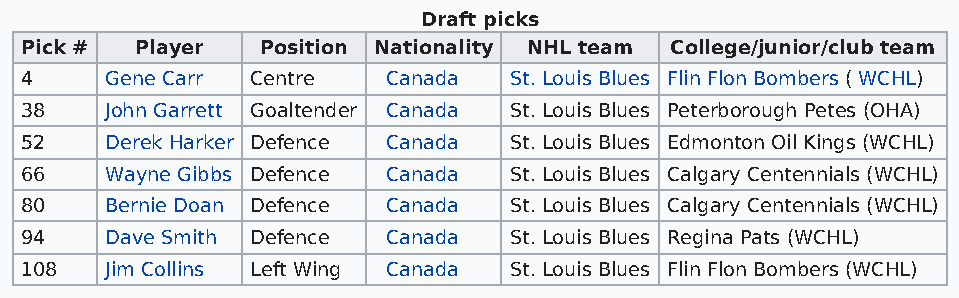
Draft picks
 Pick #  Player  Position Nationality NHL team College/junior/club team
 4     Gene Carr Centre   Canada  St. Louis Blues Flin Flon Bombers ( WCHL)
 38    John Garrett Goaltender Canada St. Louis Blues Peterborough Petes (OHA)
 52    Derek Harker Defence Canada St. Louis Blues Edmonton Oil Kings (WCHL)
 66    Wayne Gibbs Defence Canada St. Louis Blues Calgary Centennials (WCHL)
 80    Bernie Doan Defence Canada St. Louis Blues Calgary Centennials (WCHL)
 94    Dave Smith Defence Canada  St. Louis Blues Regina Pats (WCHL)
 108   Jim Collins Left Wing Canada St. Louis Blues Flin Flon Bombers (WCHL)